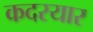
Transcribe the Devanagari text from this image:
कदरयार